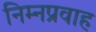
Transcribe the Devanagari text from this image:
निम्नप्रवाह